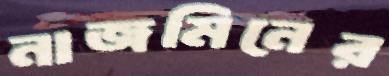
নাজমিনের